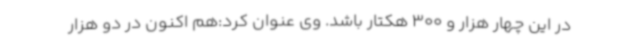
در این چهار هزار و 300 هکتار باشد. وی عنوان کرد:هم اکنون در دو هزار